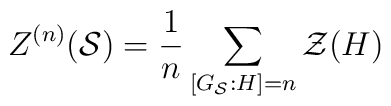
Z^{(n)}(\mathcal{S})=\frac{1}{n}\sum _{\left[ G_{\mathcal{S}}:H\right] =n}\mathcal{Z}(H)